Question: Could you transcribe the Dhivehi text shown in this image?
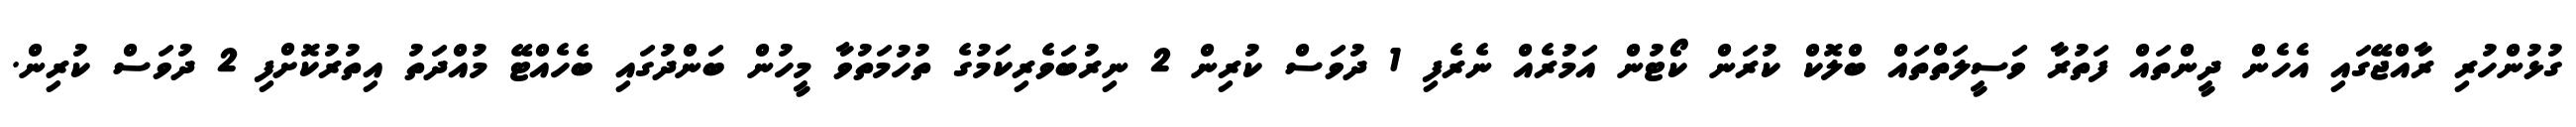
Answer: ގުޅުންހުރި ރާއްޖޭގައި އެހެން ދީންތައް ފަތުރާ ވަސީލަތްތައް ބްލޮކް ކުރަން ކޯޓުން އަމުރެއް ނެރެފި 1 ދުވަސް ކުރިން 2 ނިރުބަވެރިކަމުގެ ތުހުމަތުވާ މީހުން ބަންދުގައި ބެހެއްޓޭ މުއްދަތު އިތުރުކޮށްފި 2 ދުވަސް ކުރިން.